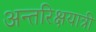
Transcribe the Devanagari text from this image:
अन्तरिक्षयात्री